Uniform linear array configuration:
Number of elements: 4
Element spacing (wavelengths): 1
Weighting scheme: hamming
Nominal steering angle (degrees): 0
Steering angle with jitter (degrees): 1.104
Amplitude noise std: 0.05
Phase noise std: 0.05

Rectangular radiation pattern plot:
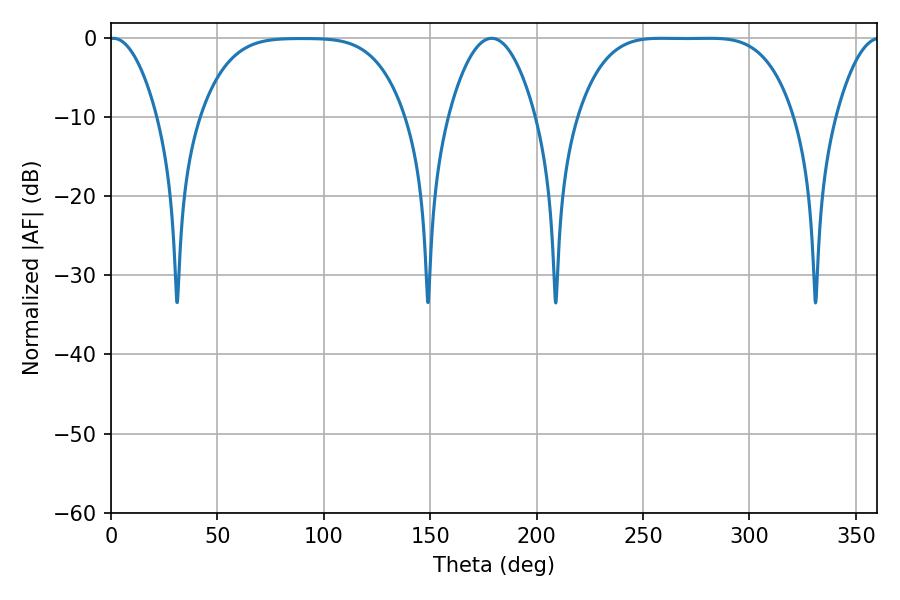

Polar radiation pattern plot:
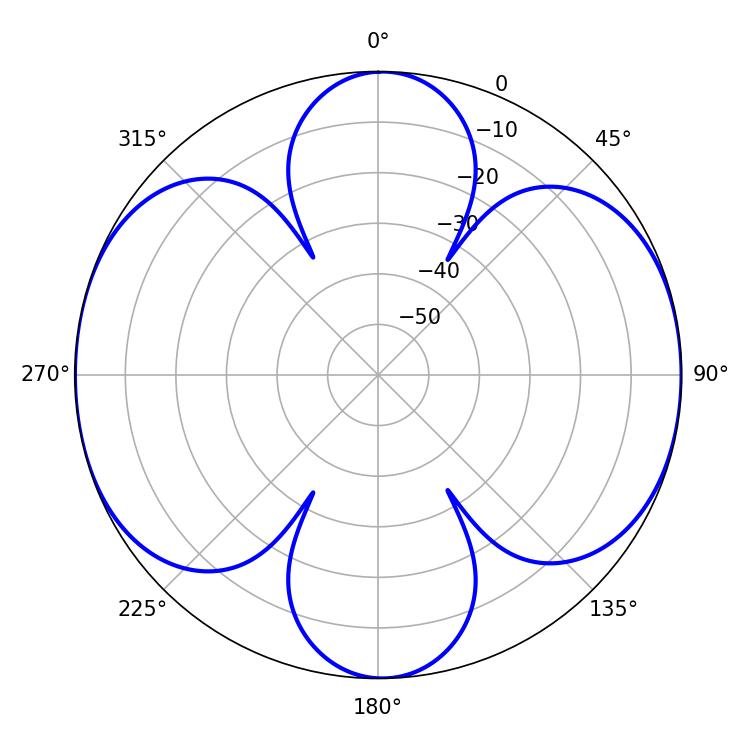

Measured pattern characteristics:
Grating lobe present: TRUE
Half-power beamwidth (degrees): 76.68
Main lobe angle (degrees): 258.66